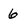
Character: 6